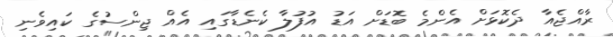
ރާއްޖެއާ ދެކޮޅަށް އެންމެ ބޮޑަށް އަޑު އުފުލާ ކެނެޑާގައި އެއް ޖިންސުގެ ކައިވެނި